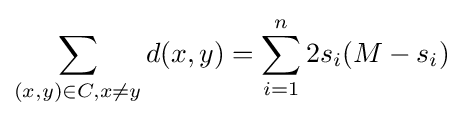
\sum _{(x,y)\in C,x\neq y}d(x,y)=\sum _{i=1}^{n}2s_{i}(M-s_{i})